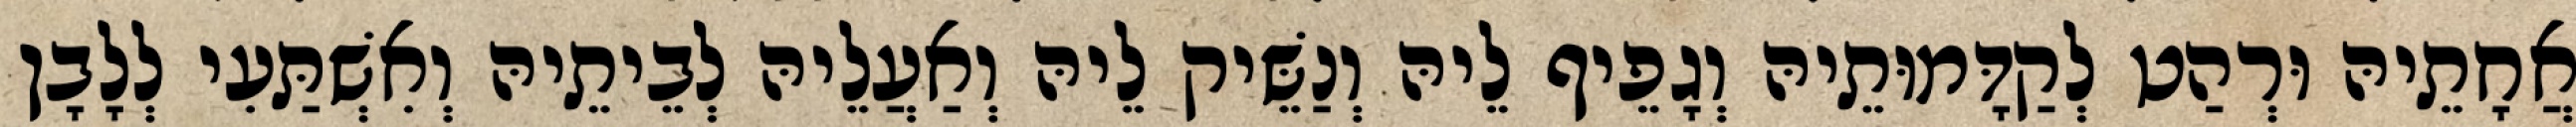
אֲחָתֵיהּ וּרְהַט לְקַדָּמוּתֵיהּ וְגָפֵיף לֵיהּ וְנַשֵּׁיק לֵיהּ וְאַעֲלֵיהּ לְבֵיתֵיהּ וְאִשְׁתַּעִי לְלָבָן